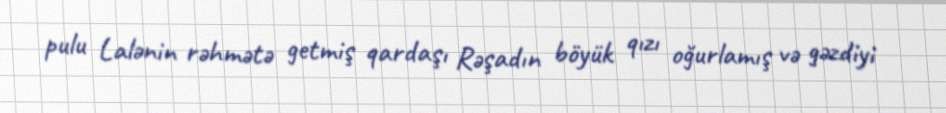
pulu Lalənin rəhmətə getmiş qardaşı Rəşadın böyük qızı oğurlamış və gəzdiyi